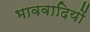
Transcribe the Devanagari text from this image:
भाववादियों